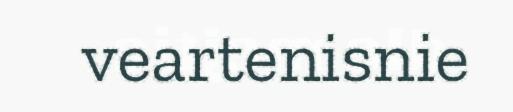
veartenisnie